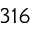
3 1 6